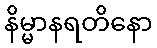
နိမ္မာနရတိနော